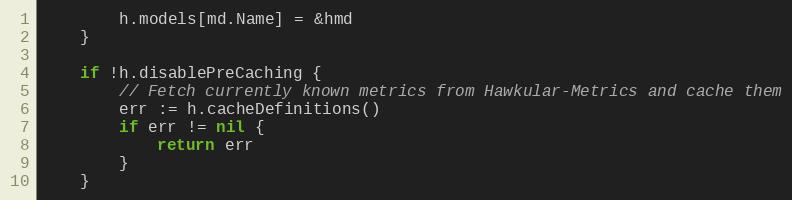
Language: Go
		h.models[md.Name] = &hmd
	}

	if !h.disablePreCaching {
		// Fetch currently known metrics from Hawkular-Metrics and cache them
		err := h.cacheDefinitions()
		if err != nil {
			return err
		}
	}